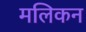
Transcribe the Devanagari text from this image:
मलिकन